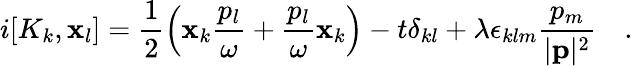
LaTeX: i[K_{k},\mathbf{x}_{l}]=\frac{{1}}{{2}}\left(\mathbf{x}_{k}\frac{{p_{l}}}{{\omega}}+\frac{{p_{l}}}{{\omega}}\mathbf{x}_{k}\right)-t\delta_{kl}+\lambda\epsilon_{klm}\frac{{p_{m}}}{{|{\mathbf{p}}|^{2}}}~~~~.